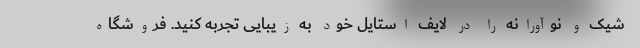
شیک و نوآورانه را در لایف استایل خود به زیبایی تجربه کنید. فروشگاه